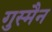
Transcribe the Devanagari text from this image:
गुस्मैन